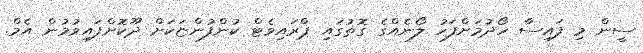
ސީން މި ފައިސާ ހޯދުމަށްފަހު ލޯނެއްގެ ގޮތުގައި ޕްރައިވެޓް ކުންފުންޏަކަށް ދޫކޮށްފައިވުމުން އެމް.